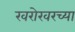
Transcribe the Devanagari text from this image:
खरोखरच्या